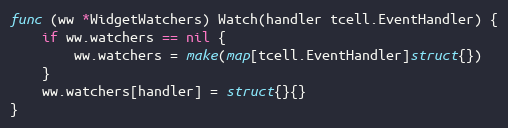
Language: Go
func (ww *WidgetWatchers) Watch(handler tcell.EventHandler) {
	if ww.watchers == nil {
		ww.watchers = make(map[tcell.EventHandler]struct{})
	}
	ww.watchers[handler] = struct{}{}
}